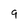
Character: 9